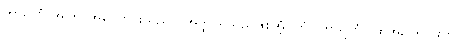
ကာရဏံ၊ အကြင်အကြောင်းသည်။) အတ္ထိ၊ ရှိသည်ဖြစ်အံ့။ တံ (ကာရဏံ)၊ ထိုအကြောင်းကို။